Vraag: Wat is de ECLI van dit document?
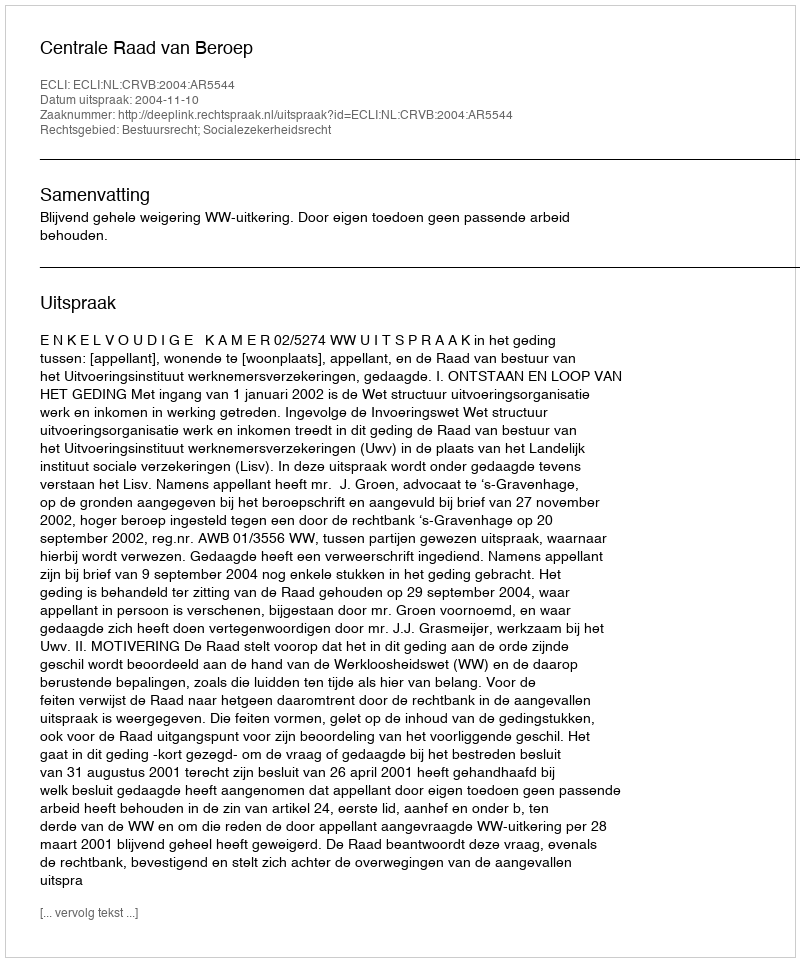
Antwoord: ECLI:NL:CRVB:2004:AR5544